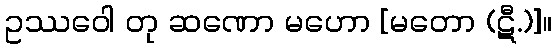
ဥဿဝေါ တု ဆဏော မဟော [မတော (ဋီ.)]။